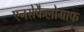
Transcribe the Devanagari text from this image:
एनसेफैलोग्राफ